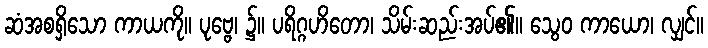
ဆံအစရှိသော ကာယကို။ ပုဗ္ဗေ၊ ၌။ ပရိဂ္ဂဟိတော၊ သိမ်းဆည်းအပ်၏။ သွေဝ ကာယော၊ လျှင်။